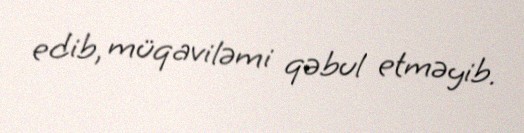
edib, müqaviləmi qəbul etməyib.